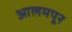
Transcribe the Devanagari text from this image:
आलमपूर